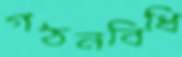
গঠনবিধি